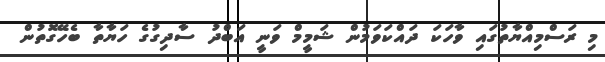
މި ރަސްމިއްޔާތުގައި ވާހަކަ ދައްކަވަމުން ޝަމީމް ވަނީ އަބްދު ސާދިގުގެ ހަޔާތާ ބެހޭގޮތުން